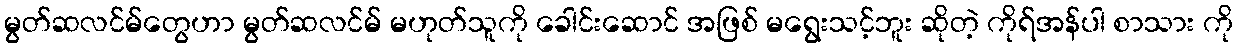
မွတ်ဆလင်မ်တွေဟာ မွတ်ဆလင်မ် မဟုတ်သူကို ခေါင်းဆောင် အဖြစ် မရွေးသင့်ဘူး ဆိုတဲ့ ကိုရ်အန်ပါ စာသား ကို